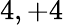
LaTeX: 4,+4